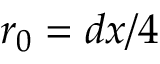
r _ { 0 } = d x / 4